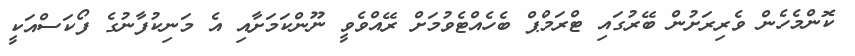
ކޮންމެހެން ވެރިރަށުން ބޭރުގައި ޓްރަމްޕް ބެހެއްޓެވުމަށް ރޭއްވެވީ ނޫންކަމަށާއި އެ މަނިކުފާނުގެ ފޯކަސްއަކީ